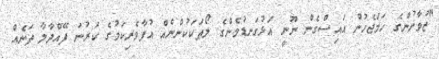
"ޒުވާނުންގެ ހަމަޖެހުން އައިސްގެން ނޫނީ އަޅުގަނޑުމެންގެ ލޯތަކަކުންނެއް އުފާވެރިކަމުގެ ކަރުނަ ފޭއްދާލާ ތަނެއް